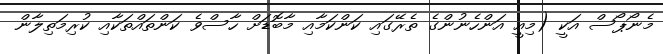
މެނޯޕޯސް އަކީ (މިއީ އަންހެނުންގެ ތެރޭގައި ކަންކަމާއި މާބޮޑަށް ހާސްވެ ކަންތައްތަކާއި ކުރިމަތިލާން